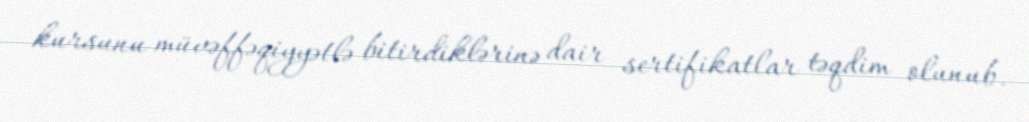
kursunu müvəffəqiyyətlə bitirdiklərinə dair sertifikatlar təqdim olunub.